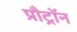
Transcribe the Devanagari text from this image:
प्रौट्रॉन